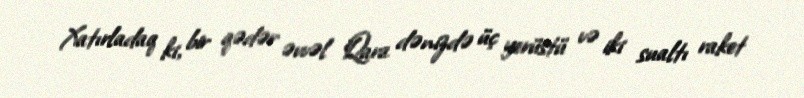
Xatırladaq ki, bir qədər əvvəl Qara dənizdə üç yerüstü və iki sualtı raket